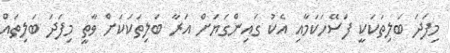
މިފަދަ ބަލިތަކަކީ ފަސޭހަކަމާއި އެކު ގައިންގަޔަށް އަރާ ބަލިތަކަކަށް ވާތީ މިފަދަ ބަލިތައް